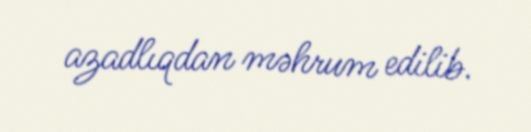
azadlıqdan məhrum edilib.